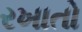
રખાતો